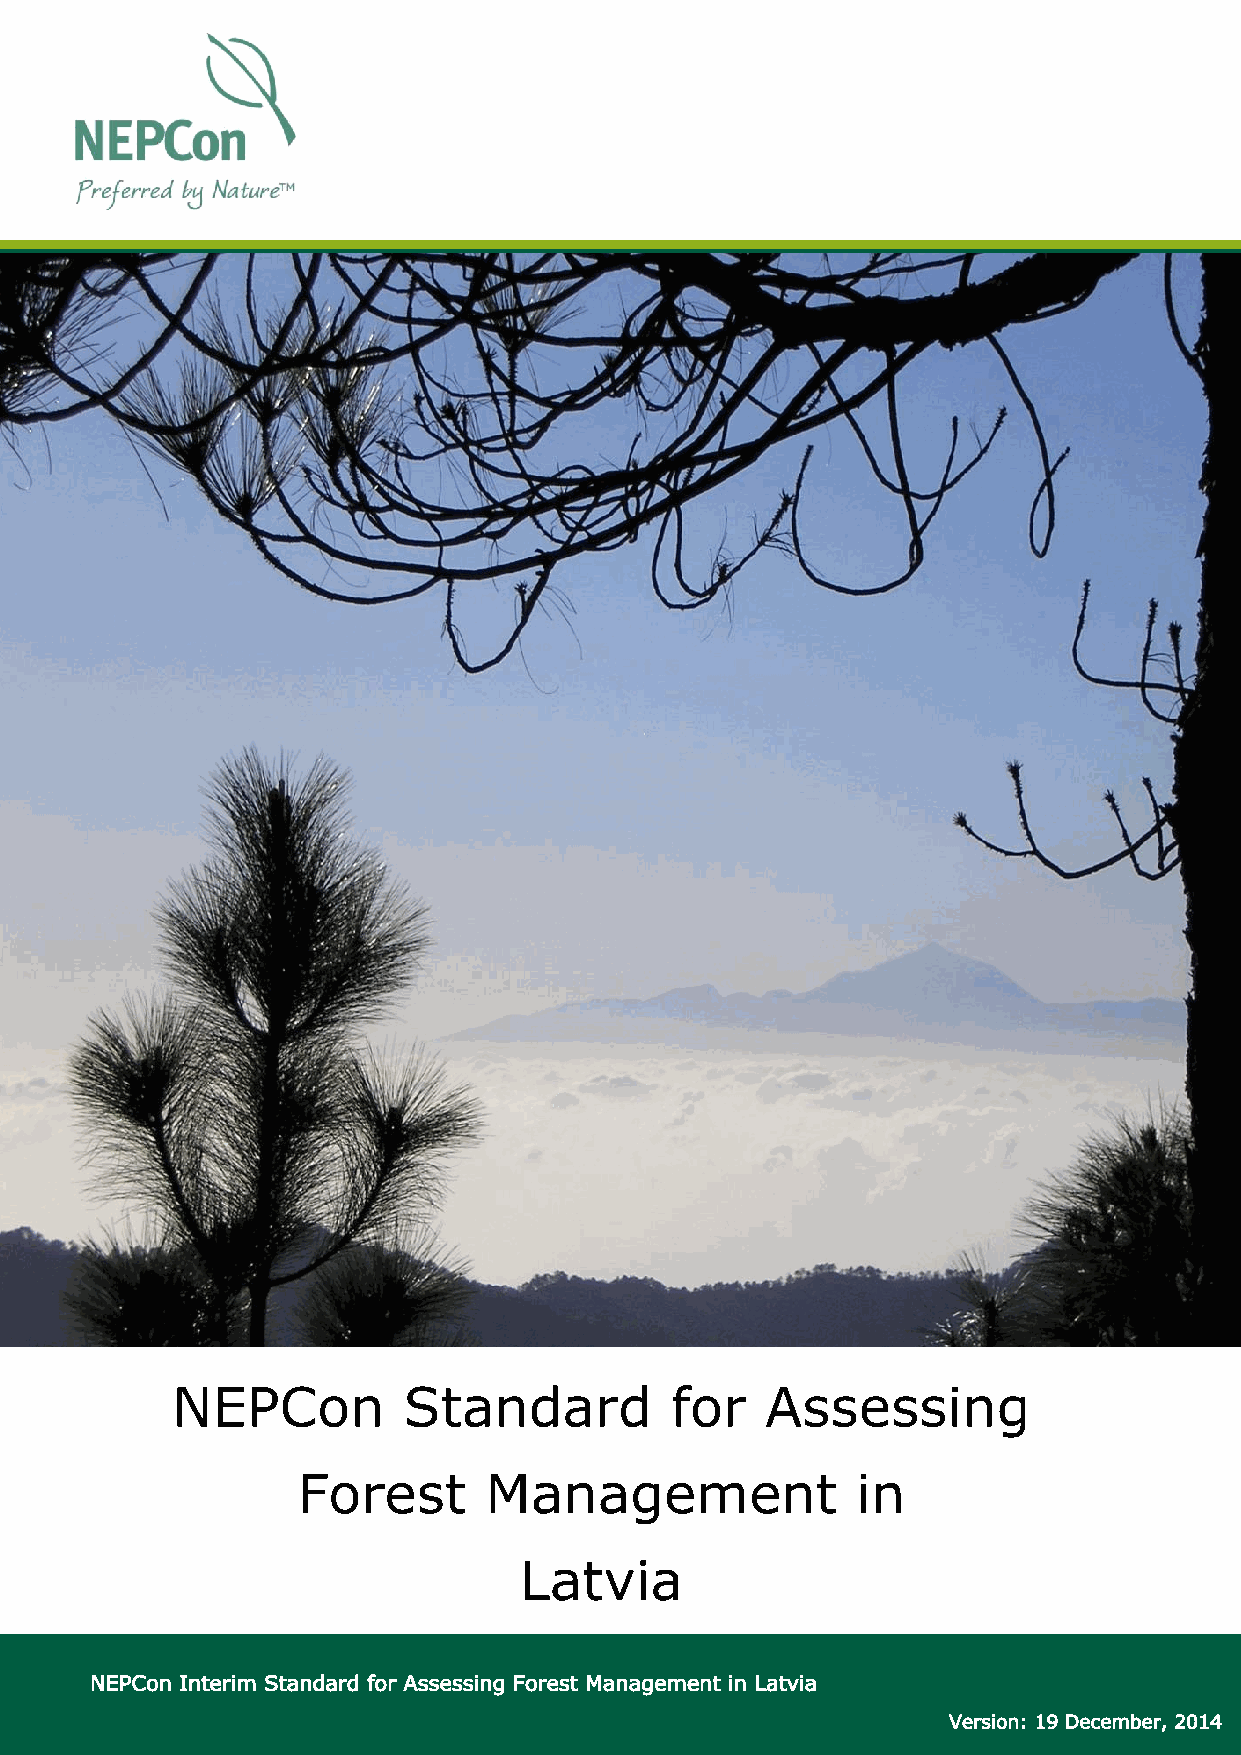
NEPCon          Standard         for    Assessing
 Forest      Management               in
 Latvia
 1
 NEPCon Interim Standard for Assessing Forest Management in Latvia
 Version: 19 December, 2014